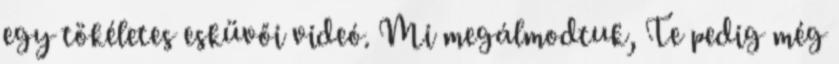
egy tökéletes esküvői videó. Mi megálmodtuk, Te pedig még